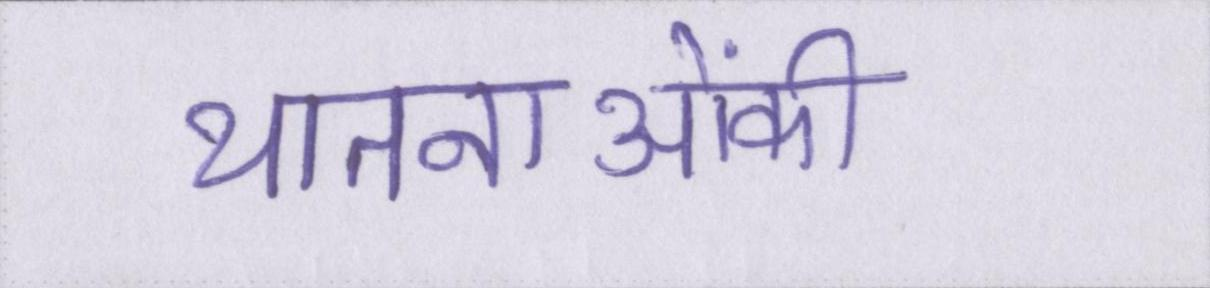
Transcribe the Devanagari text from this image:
यातनाओंकी